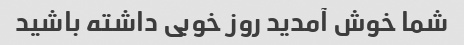
شما خوش آمدید روز خوبی داشته باشید